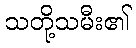
သတို့သမီး၏